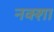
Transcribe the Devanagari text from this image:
नक्‍शा